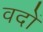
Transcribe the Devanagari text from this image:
वदों